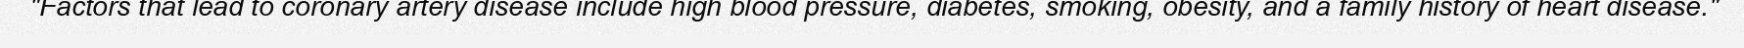
"Factors that lead to coronary artery disease include high blood pressure, diabetes, smoking, obesity, and a family history of heart disease."